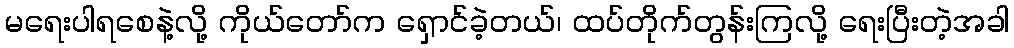
မရေးပါရစေနဲ့လို့ ကိုယ်တော်က ရှောင်ခဲ့တယ်၊ ထပ်တိုက်တွန်းကြလို့ ရေးပြီးတဲ့အခါ